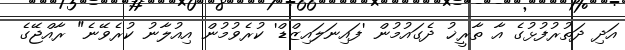
އަދި ދަތުރުފުޅުގެ އާ ތާރީޚު ދެގައުމުން 'ފައިނަލައިޒްޑް' ކުރެވުމުން އިއުލާނު ކުރެވޭނެ" ރާއްޖޭގެ